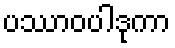
ပဿာဝပါဒုကာ